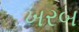
ખરબ